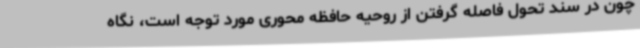
چون در سند تحول فاصله گرفتن از روحیه حافظه محوری مورد توجه است، نگاه